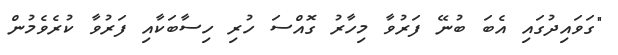
"ގަވައިދުގައި އެބަ ބުނޭ ފަރުވާ މިހާރު ގޮއްސަ ހުރި ހިސާބަކާއި ފަރުވާ ކުރެވެމުން